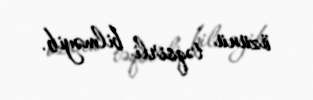
özünü təqsirli bilməyib.